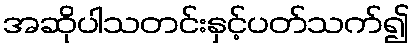
အဆိုပါသတင်းနှင့်ပတ်သက်၍